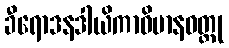
ခီရောဒနဒါယိကာဝိမာနဝတ္ထု